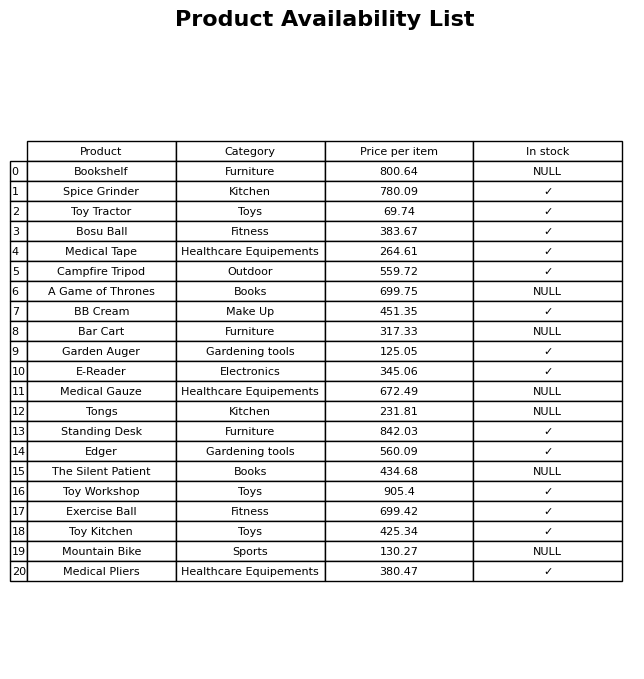
question: Is the Edger in stock?
answer: ✓